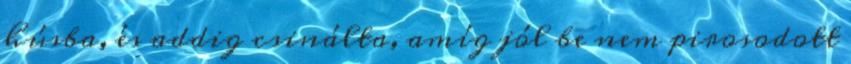
húsba, és addig csinálta, amíg jól be nem pirosodott